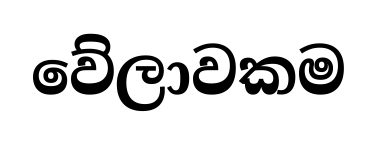
වේලාවකම